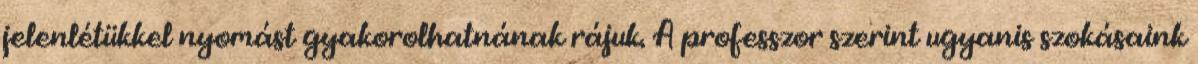
jelenlétükkel nyomást gyakorolhatnának rájuk. A professzor szerint ugyanis szokásaink